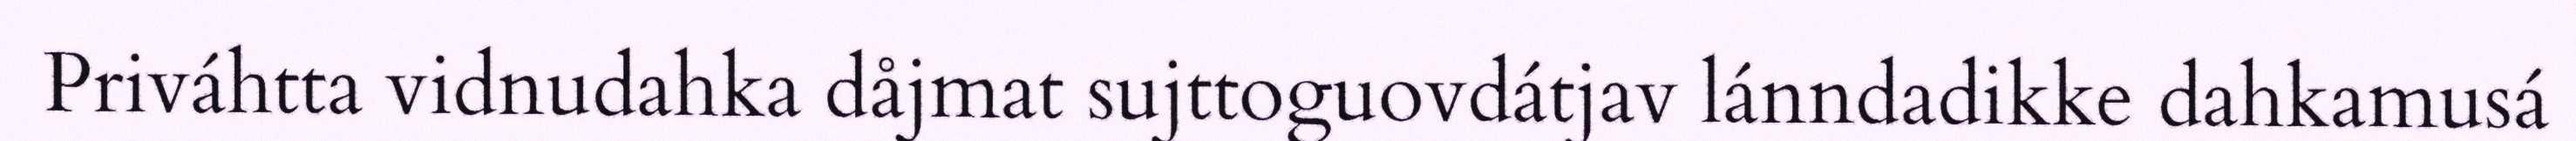
Priváhtta vidnudahka dåjmat sujttoguovdátjav lánndadikke dahkamusá